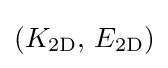
(K_{\mathrm {2D} },\,E_{\mathrm {2D} })